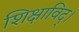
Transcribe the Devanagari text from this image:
शिक्षाविद्।